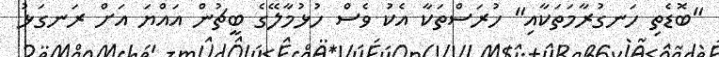
"ބޮޑެތި ހަނގުރާމަތަކާއި" ހުރަސްތަކާ އެކު ވެސް ހުޅުމާލޭގެ ބީޗުން އައްޔަ އަށް ރަނގަޅު